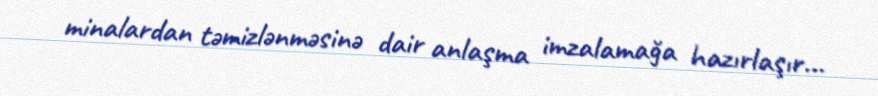
minalardan təmizlənməsinə dair anlaşma imzalamağa hazırlaşır...